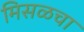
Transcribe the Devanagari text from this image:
मिसळचा